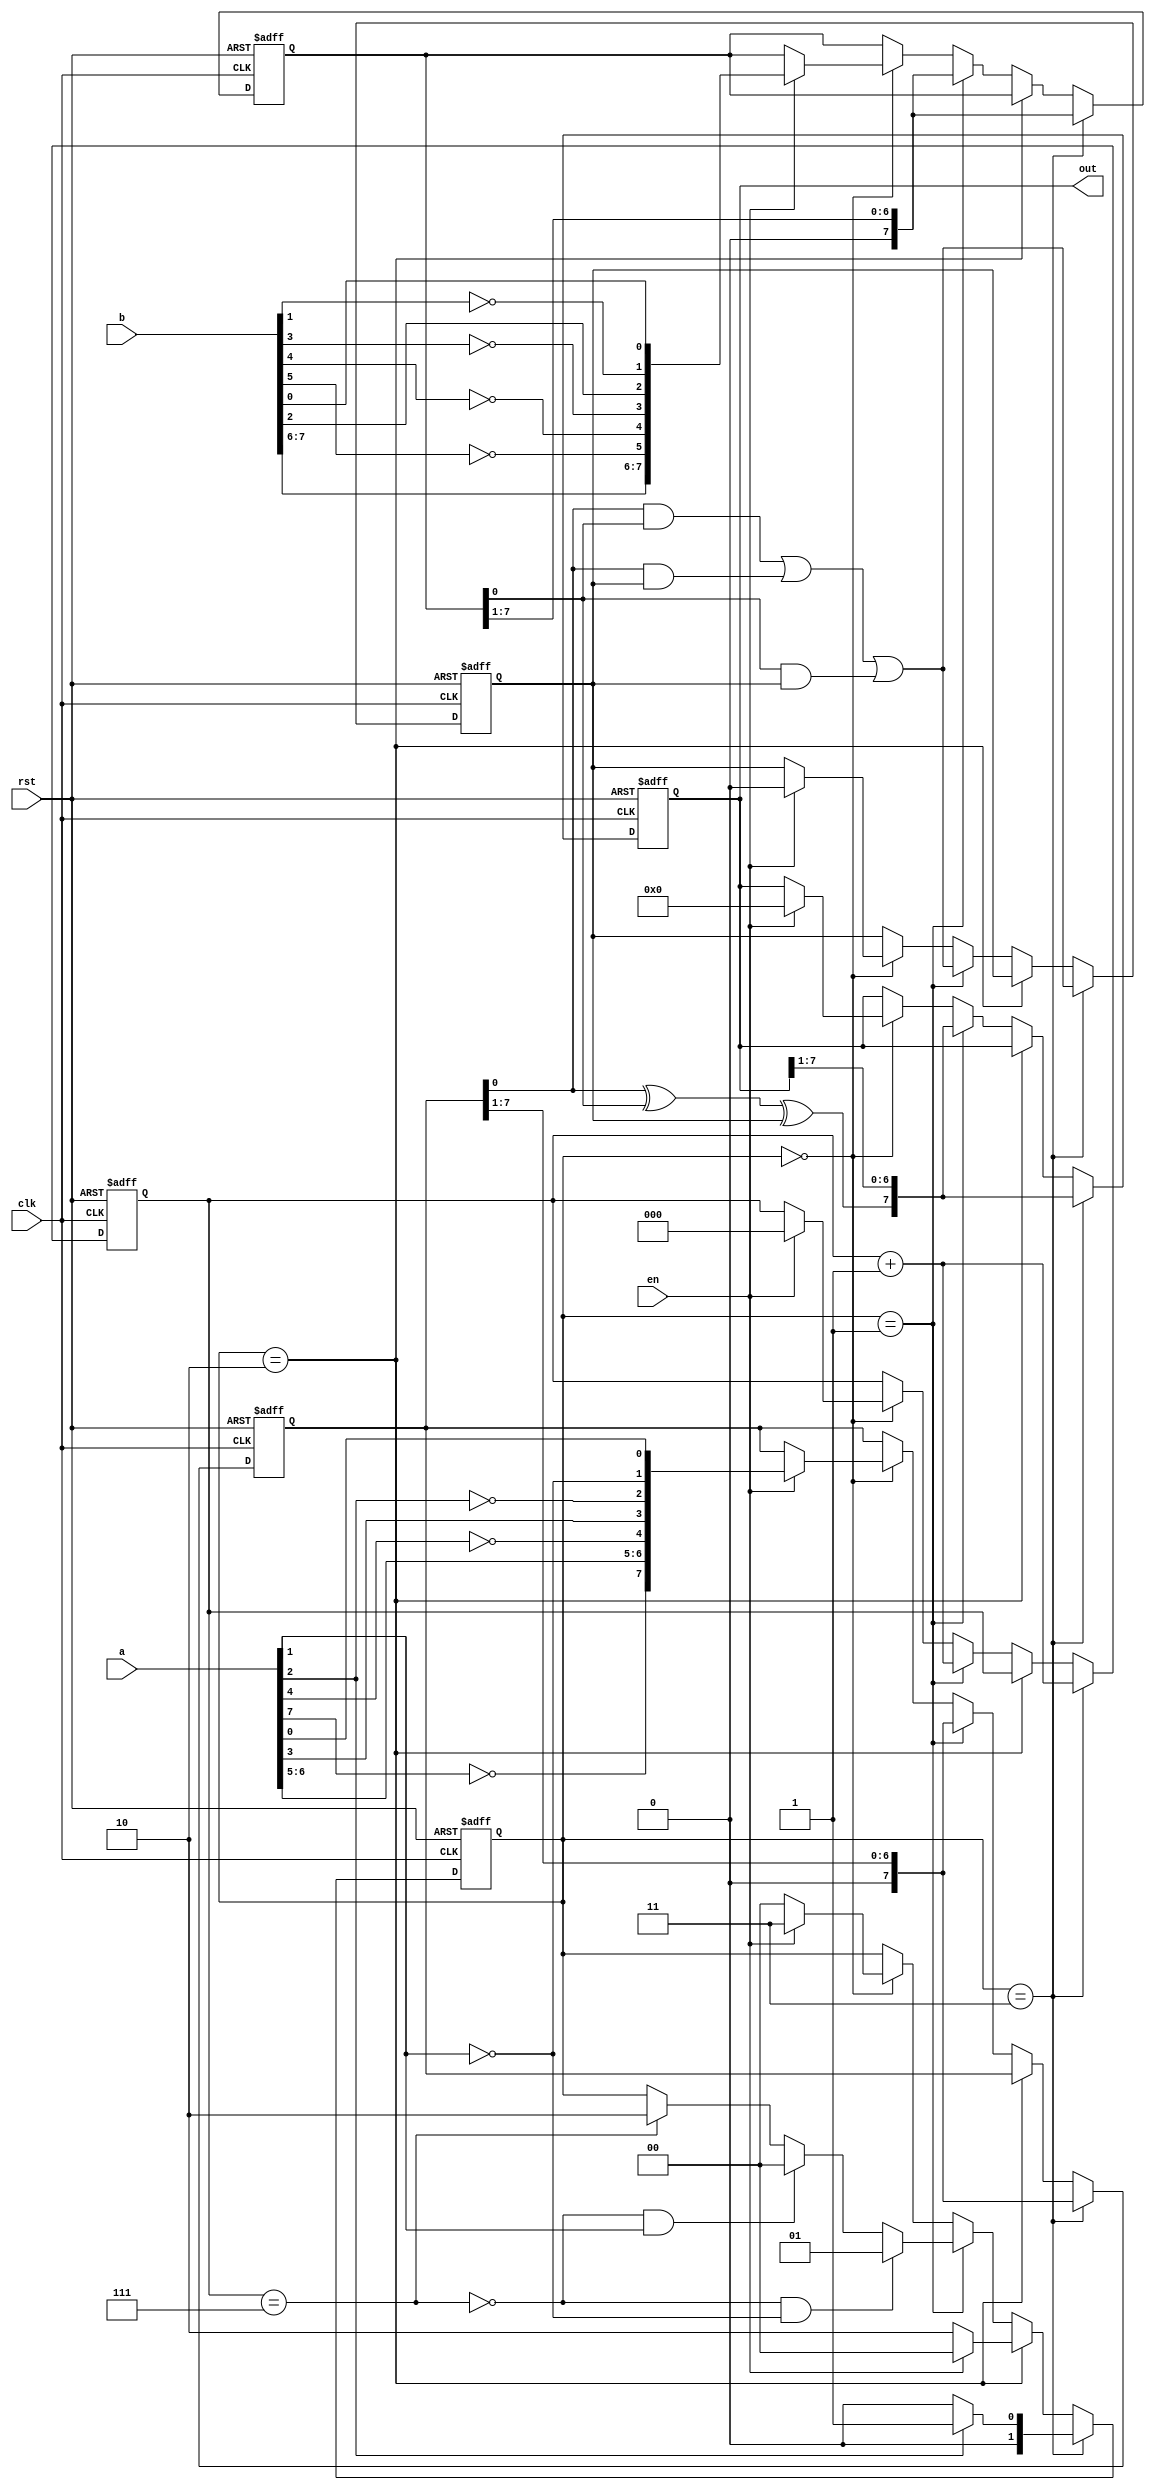
module add_serial(b,out,en,a,rst,clk);
parameter [31:0] delay0 = 'd3;
wire [7:0] a_scramb;
input wire [7:0] b;
reg [0:0] carry;
wire [7:0] b_scramb;
output reg [7:0] out;
reg [7:0] b_reg;
reg [7:0] a_reg;
reg [1:0] state;
parameter [1:0] ADD = 2'd1;
reg [2:0] count;
input wire [7:0] a;
wire [0:0] sum;
parameter [1:0] IDLE = 2'd0;
input wire [0:0] en;
input wire [0:0] rst;
input wire [0:0] clk;
parameter [1:0] DONE = 2'd2;
assign a_scramb = {(~a[7]),a[6],a[5],(~a[4]),a[3],(~a[2]),(~a[1]),a[0]};
assign b_scramb = {b[7],b[6],(~b[5]),(~b[4]),(~b[3]),b[2],(~b[1]),b[0]};
assign sum = ((a_reg[0]^b_reg[0])^carry);
always @(posedge clk or posedge rst) begin
if(rst) begin
out <= 0;
end
else begin
if((state==delay0)) begin
out <= {sum,out[7:1]};
end
else begin
if((state==DONE)) begin
end
else begin
if((state==ADD)) begin
out <= {sum,out[7:1]};
end
else begin
if((state==IDLE)) begin
if(en) begin
out <= 0;
end
end
end
end
end
end
end

always @(posedge clk or posedge rst) begin
if(rst) begin
b_reg <= 0;
end
else begin
if((state==delay0)) begin
b_reg <= (b_reg>>1);
end
else begin
if((state==DONE)) begin
end
else begin
if((state==ADD)) begin
b_reg <= (b_reg>>1);
end
else begin
if((state==IDLE)) begin
if(en) begin
b_reg <= b_scramb;
end
end
end
end
end
end
end

always @(posedge clk or posedge rst) begin
if(rst) begin
state <= IDLE;
end
else begin
if((state==delay0)) begin
if((~a[2])) begin
state <= IDLE;
end
else begin
if(a[2]) begin
state <= ADD;
end
end
end
else begin
if((state==DONE)) begin
if(en) begin
state <= IDLE;
end
else begin
state <= DONE;
end
end
else begin
if((state==ADD)) begin
if(((!(count=='d7))&&(~a[1]))) begin
state <= ADD;
end
else begin
if(((!(count=='d7))&&a[1])) begin
state <= IDLE;
end
else begin
if((count=='d7)) begin
state <= DONE;
end
end
end
end
else begin
if((state==IDLE)) begin
if(en) begin
state <= delay0;
end
else begin
state <= IDLE;
end
end
end
end
end
end
end

always @(posedge clk or posedge rst) begin
if(rst) begin
count <= 0;
end
else begin
if((state==delay0)) begin
count <= (count+1);
end
else begin
if((state==DONE)) begin
end
else begin
if((state==ADD)) begin
count <= (count+1);
end
else begin
if((state==IDLE)) begin
if(en) begin
count <= 0;
end
end
end
end
end
end
end

always @(posedge clk or posedge rst) begin
if(rst) begin
carry <= 0;
end
else begin
if((state==delay0)) begin
carry <= (((a_reg[0]&b_reg[0])|(a_reg[0]&carry))|(b_reg[0]&carry));
end
else begin
if((state==DONE)) begin
end
else begin
if((state==ADD)) begin
carry <= (((a_reg[0]&b_reg[0])|(a_reg[0]&carry))|(b_reg[0]&carry));
end
else begin
if((state==IDLE)) begin
if(en) begin
carry <= 0;
end
end
end
end
end
end
end

always @(posedge clk or posedge rst) begin
if(rst) begin
a_reg <= 0;
end
else begin
if((state==delay0)) begin
a_reg <= (a_reg>>1);
end
else begin
if((state==DONE)) begin
end
else begin
if((state==ADD)) begin
a_reg <= (a_reg>>1);
end
else begin
if((state==IDLE)) begin
if(en) begin
a_reg <= a_scramb;
end
end
end
end
end
end
end

endmodule